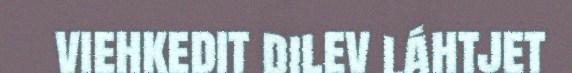
viehkedit dilev láhtjet